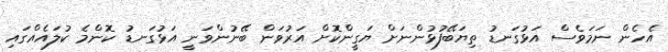
އެހެން ނަމަވެސް އަޅުގަނޑު ތިޔަބޭފުޅުންނަށް ޔަގީންކޮށް އަރުވަން ބޭނުންވަނީ އަޅުގަނޑު ކޮންމެ ކުލައެއްގައި